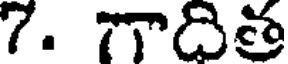
7. గాదిత